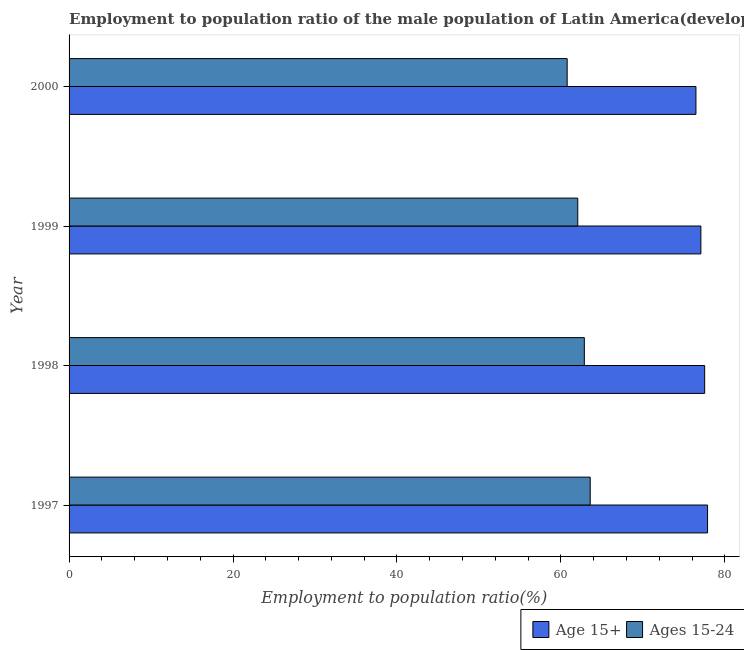
| Year | Age 15+ | Ages 15-24 |
 | --- | --- | --- |
 | 1997 | 77.9 | 63.6 |
 | 1998 | 77.5 | 62.9 |
 | 1999 | 77.1 | 62.1 |
 | 2000 | 76.5 | 60.8 |